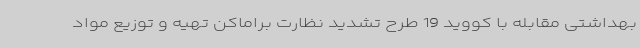
بهداشتی مقابله با کووید 19 طرح تشدید نظارت براماکن تهیه و توزیع مواد